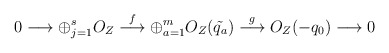
\begin{align*} 0 \longrightarrow \oplus_{j=1}^{s}{O_Z}\stackrel{f}{\longrightarrow} \oplus_{a=1}^{m}{O_Z(\tilde{q_a})}\stackrel{g}{\longrightarrow} O_Z(-q_0)\longrightarrow 0\end{align*}